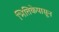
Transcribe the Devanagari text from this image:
भित्तिकेपासून